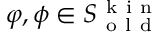
\varphi , \phi \in S _ { \mathrm { ~ o ~ l ~ d ~ } } ^ { \mathrm { ~ k ~ i ~ n ~ } }